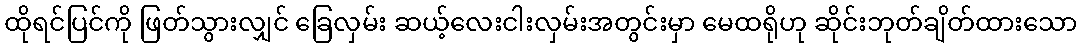
ထိုရင်ပြင်ကို ဖြတ်သွားလျှင် ခြေလှမ်း ဆယ့်လေးငါးလှမ်းအတွင်းမှာ မေထရိုဟု ဆိုင်းဘုတ်ချိတ်ထားသော